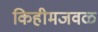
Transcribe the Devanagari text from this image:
किहीमजवळ